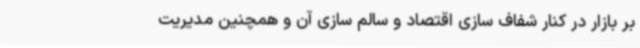
بر بازار در کنار شفاف سازی اقتصاد و سالم سازی آن و همچنین مدیریت